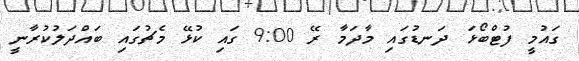
ގައުމީ ފުޓްބޯޅަ ދަނޑުގައި މާދަމާ ރޭ 9:00 ގައި ކުޅޭ މެޗުގައި ބައްދަލުކުރާނީ